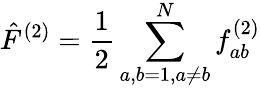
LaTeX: \hat{F}^{(2)}=\frac{1}{2}\sum_{a,b=1,a\ne b}^{N}f_{ab}^{(2)}